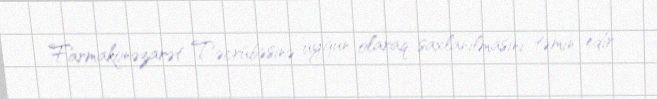
Farmakonəzarət Təcrübəsinə uyğun olaraq saxlanılmasını təmin edir.